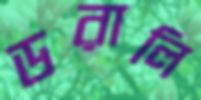
ডরালি